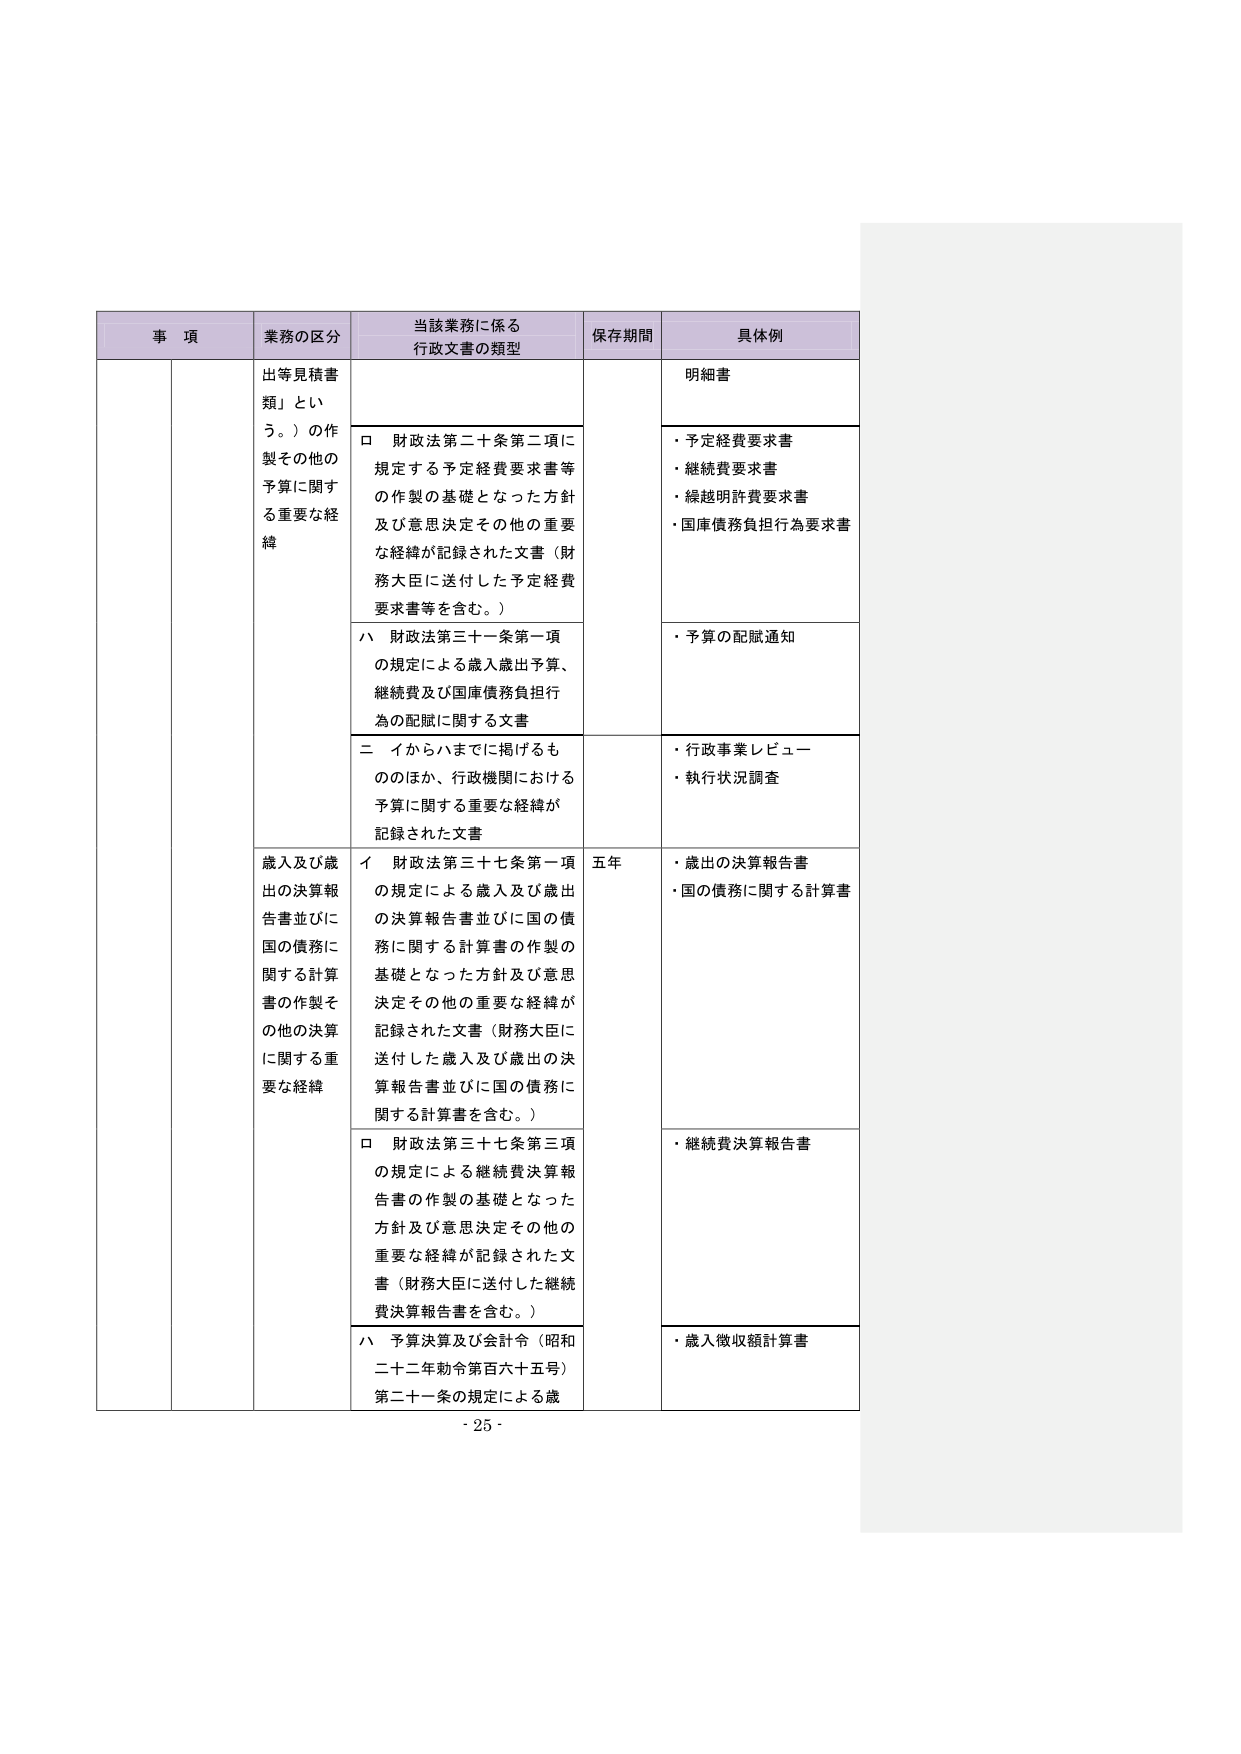
事 項 業務の区分 当該業務に係る 行政文書の類型 保存期間 具体例 出等見積書 類」とい う。）の作 製その他の 予算に関する重要な経 緯 ロ 財政法第二十条第二項に 規定する予定経費要求書等 の作製の基礎となった方針 及び意思決定その他の重要 な経緯が記録された文書（財 務大臣に送付した予定経費 要求書等を含む。） 明細書 ・予定経費要求書 ・継続費要求書 ・繰越明許費要求書 ・国庫債務負担行為要求書 ハ 財政法第三十一条第一項 の規定による歳入歳出予算、 継続費及び国庫債務負担行 為の配賦に関する文書 ・予算の配賦通知 二 イからハまでに掲げるも ののほか、行政機関における 予算に関する重要な経緯が 記録された文書 ・行政事業レビュー ・執行状況調査 歳入及び歳 出の決算報 告書並びに 国の債務に 関する計算 書の作製そ の他の決算 に関する重 要な経緯 イ 財政法第三十七条第一項 の規定による歳入及び歳出 の決算報告書並びに国の債 務に関する計算書の作製の 基礎となった方針及び意思 決定その他の重要な経緯が 記録された文書（財務大臣に 送付した歳入及び歳出の決 算報告書並びに国の債務に 関する計算書を含む。） 五年 ・歳出の決算報告書 ・国の債務に関する計算書 ロ 財政法第三十七条第三項 の規定による継続費決算報 告書の作製の基礎となった 方針及び意思決定その他の 重要な経緯が記録された文 書（財務大臣に送付した継続 費決算報告書を含む。） ・継続費決算報告書 ハ 予算決算及び会計令（昭和 二十二年勅令第百六十五号） 第二十一条の規定による歳 ・歳入徴収額計算書 - 25 -